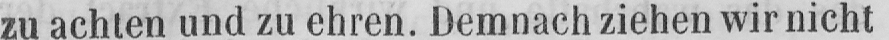
zu achten und zu ehren. Demnach ziehen wir nicht